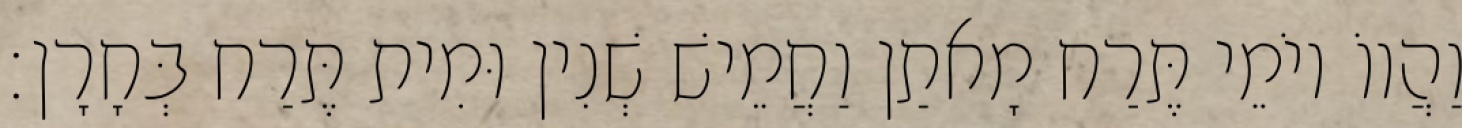
וַהֲווֹ יוֹמֵי תֶּרַח מָאתַן וַחֲמֵישׁ שְׁנִין וּמִית תֶּרַח בְּחָרָן׃